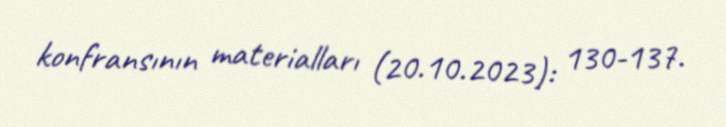
konfransının materialları (20.10.2023): 130-137.